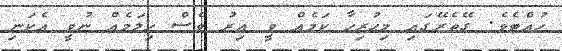
ހުއްޓެވެ. ގޭތެރޭގައި މިހުރިހާ ކަމެއް ވީ އިރު ވެސް ހިލަމެއް ނުވީ އެކަނި